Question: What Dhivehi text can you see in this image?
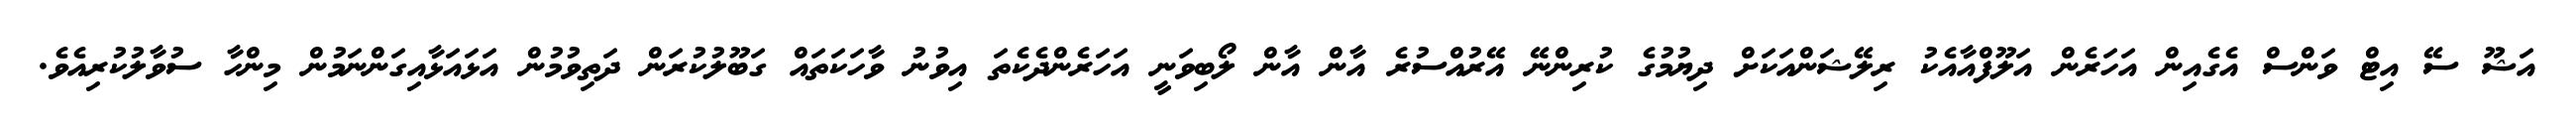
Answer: އަޝޫ ސޭ އިޓް ވަންސް އެގެއިން އަހަރެން އަލޫފްއާއެކު ރިލޭޝަންއަކަށް ދިޔުމުގެ ކުރިންނޭ އޭރުއްސުރެ އާން އާން ލޯބިވަނީ އަހަރެންދެކެތަ އިވުނު ވާހަކަތައް ގަބޫލުކުރަން ދަތިވުމުން އަޅައަޅާއިގަންނަމުން މިންހާ ސުވާލުކުރިއެވެ.